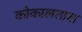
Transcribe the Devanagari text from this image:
कोकालताश